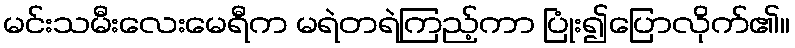
မင်းသမီးလေးမေရီက မရဲတရဲကြည့်ကာ ပြုံး၍ပြောလိုက်၏။